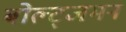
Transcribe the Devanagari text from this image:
बोल्ट्जमन